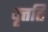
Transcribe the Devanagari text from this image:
वृत्तति